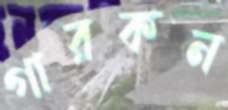
গারকন